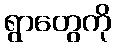
ရွာတွေကို